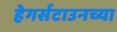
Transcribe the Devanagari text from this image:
हेगर्सटाउनच्या